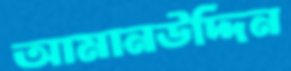
আমানউদ্দিন